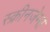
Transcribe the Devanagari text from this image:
स्क्रीनजेम्स